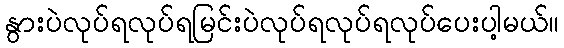
နွားပဲလုပ်ရလုပ်ရမြင်းပဲလုပ်ရလုပ်ရလုပ်ပေးပါ့မယ်။